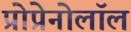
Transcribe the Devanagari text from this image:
प्रोप्रेनोलॉल